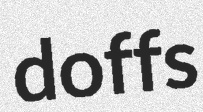
doffs